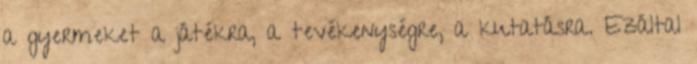
a gyermeket a játékra, a tevékenységre, a kutatásra. Ezáltal